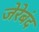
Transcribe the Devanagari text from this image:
जेरेबंद